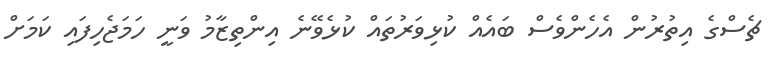
ޗެސްގެ އިތުރުން އެހެންވެސް ބައެއް ކުޅިވަރުތައް ކުޅެވޭނެ އިންތިޒާމު ވަނީ ހަމަޖެހިފައި ކަމަށް